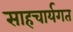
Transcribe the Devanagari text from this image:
साहचार्यगत